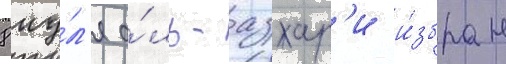
8 иу́л'я а́ль-азхар'и и́збран